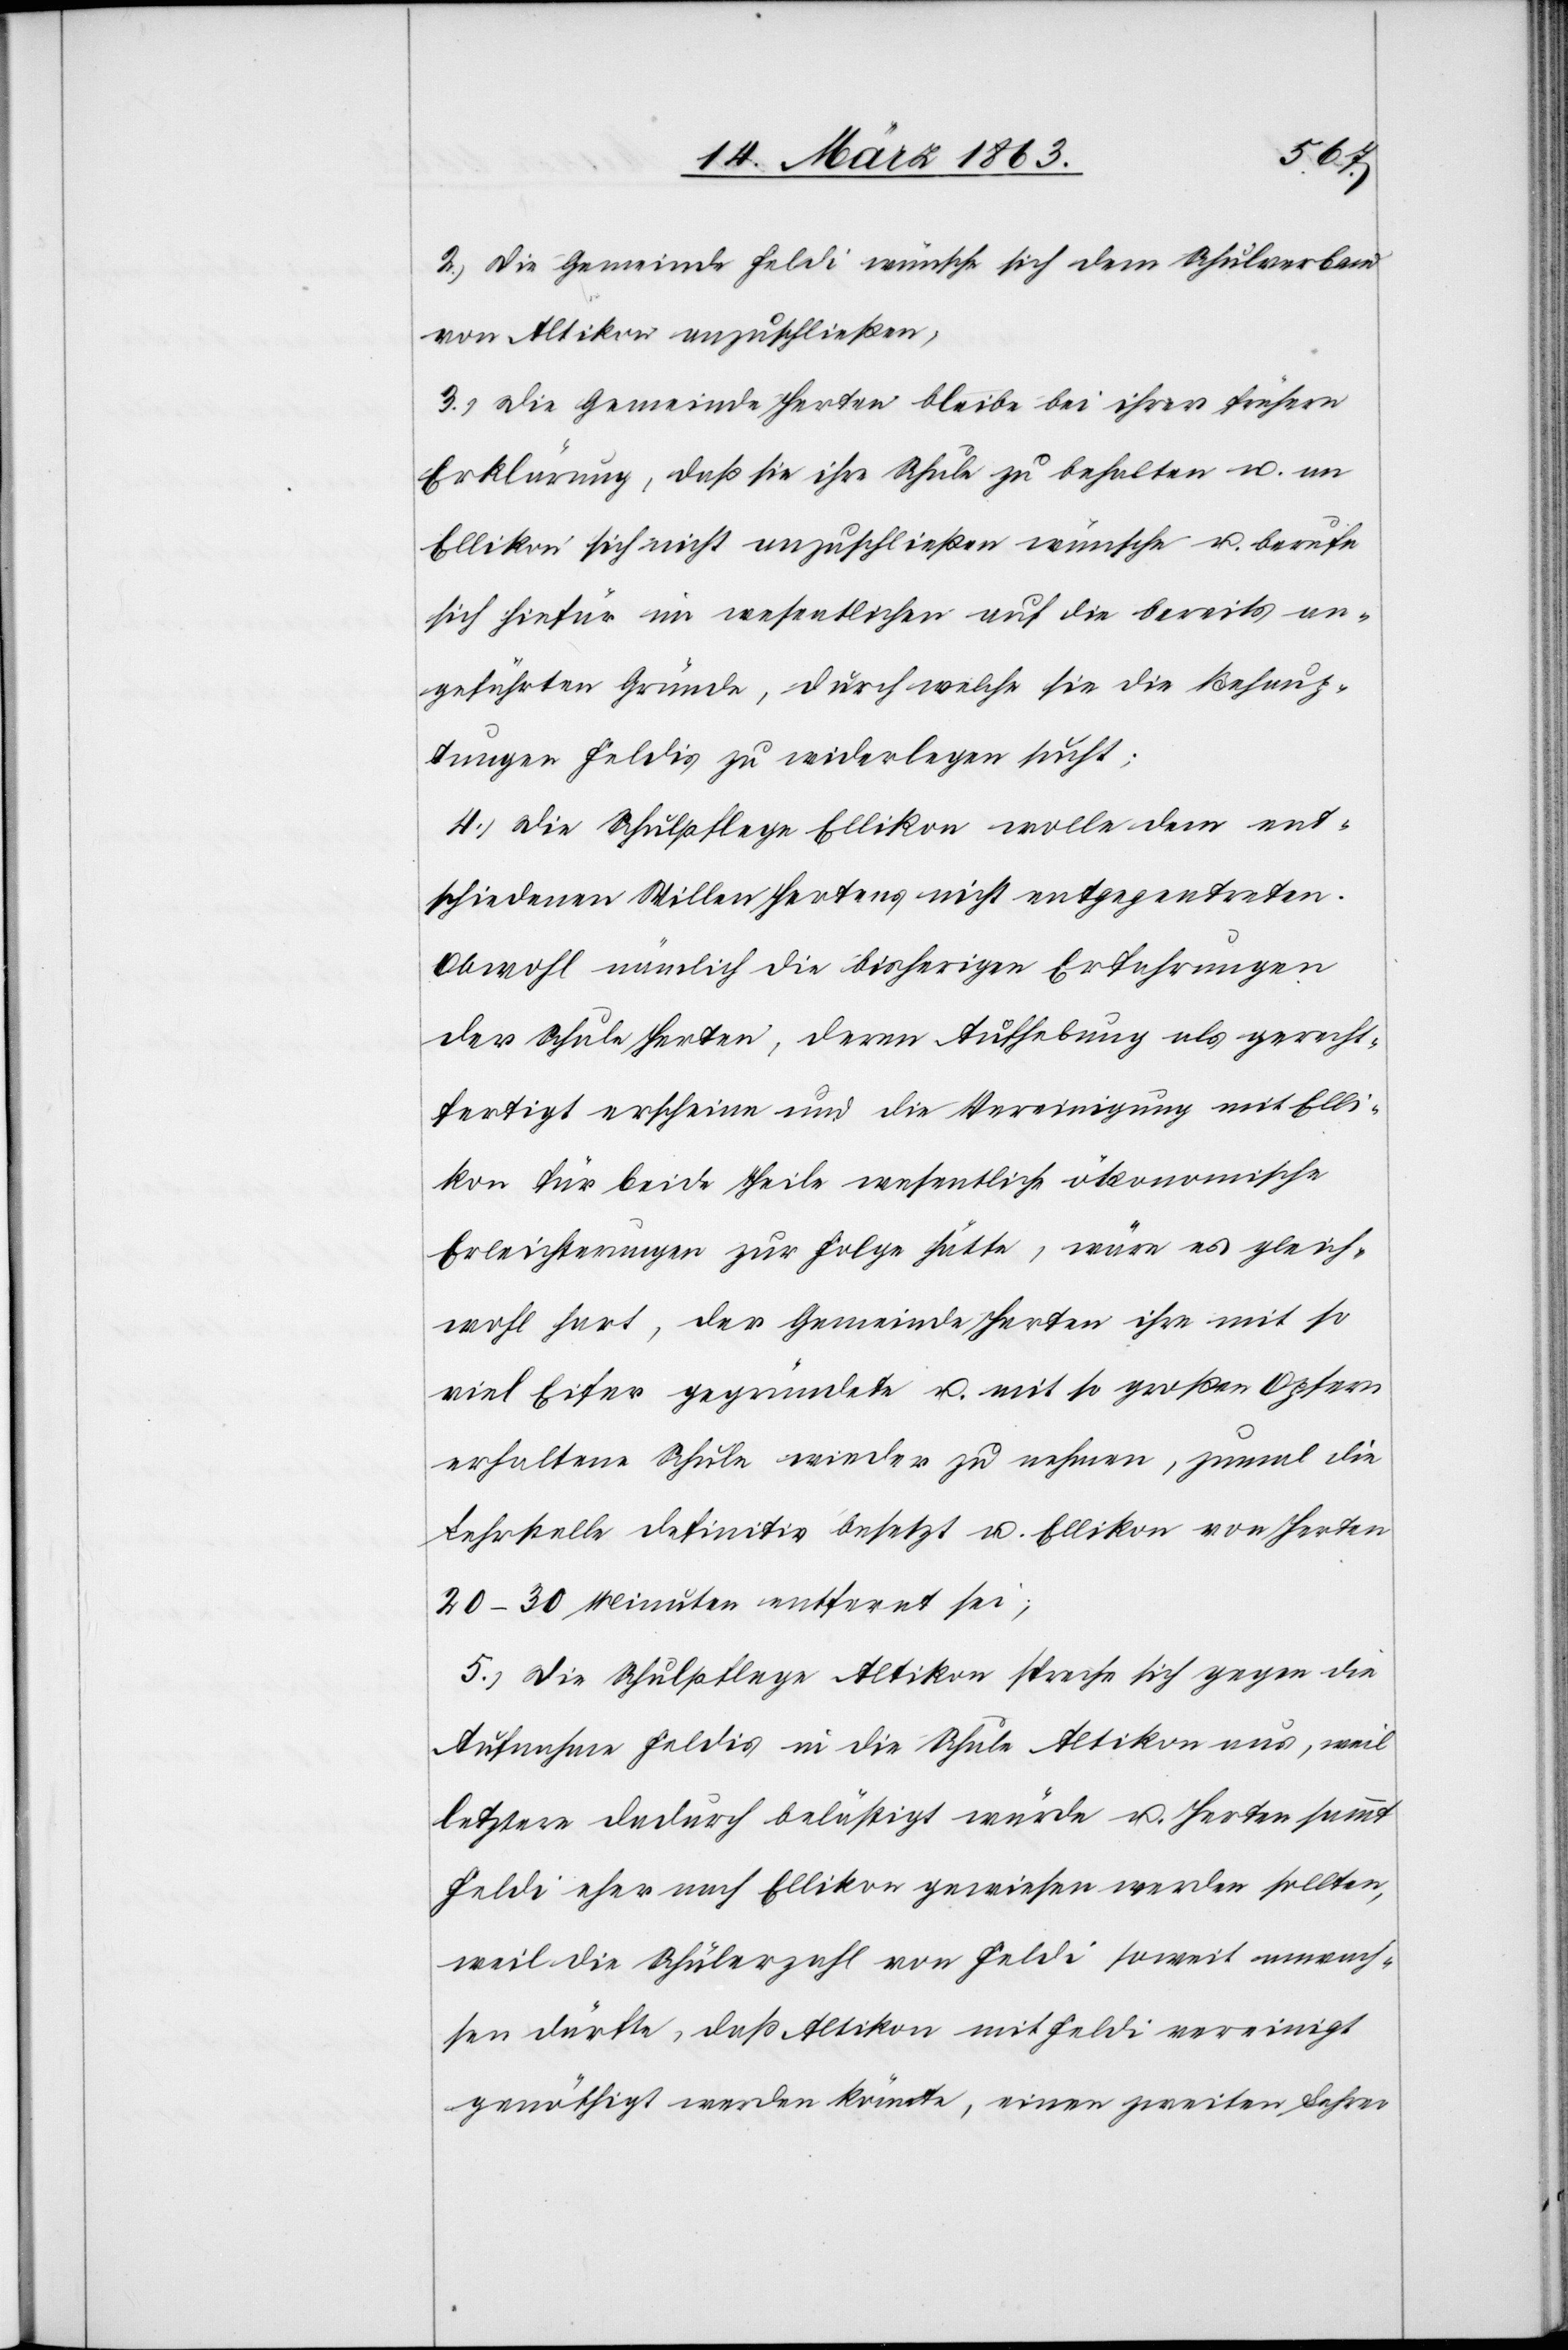
2.) Die Gemeinde Feldi wünsche sich dem Schulverband
von Altikon anzuschließen;
3.) Die Gemeinde Herten bleibe bei ihrer frühern
Erklärung, daß sie ihre Schule zu behalten u. an
Ellikon sich nicht anzuschließen wünsche u. berufe
sich hiefür im wesentlichen auf die bereits an¬
geführten Gründe, durch welche sie die Behaup¬
tungen Feldis zu widerlegen sucht;
4.) Die Schulpflege Ellikon wolle dem ent¬
schiedenen Willen Hertens nicht entgegentreten.
Obwohl nämlich die bisherigen Erfahrungen
der Schule Herten, deren Aufhebung als gerecht¬
fertigt erscheine und die Vereinigung mit Elli¬
kon für beide Theile wesentliche ökonomische
Erleichterungen zur Folge hätte, wäre es gleich¬
wohl hart, der Gemeinde Herten ihre mit so
viel Eifer gegründete u. mit so großen Opfern
erhaltene Schule wieder zu nehmen, zumal die
Lehrstelle definitiv besetzt u. Ellikon von Herten
20–30 Minuten entfernt sei;
5.) Die Schulpflege Altikon spreche sich gegen die
Aufnahme Feldis in die Schule Altikon aus, weil
letztere dadurch belästigt würde u. Herten sammt
Feldi eher nach Ellikon gewiesen werden sollten,
weil die Schülerzahl von Feldi soweit anwach¬
sen dürfte, daß Altikon mit Feldi vereinigt
genöthigt werden könnte, einen zweiten Lehrer